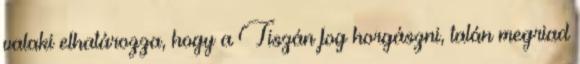
valaki elhatározza, hogy a Tiszán fog horgászni, talán megriad